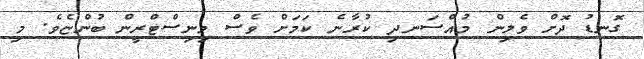
ގޮނޑު ދޮށް ވެލިން މުއްސަނދި ކުރާނެ ކަމަށް ވެސް މިނިސްޓްރީން ބުންޏެވެ. މި